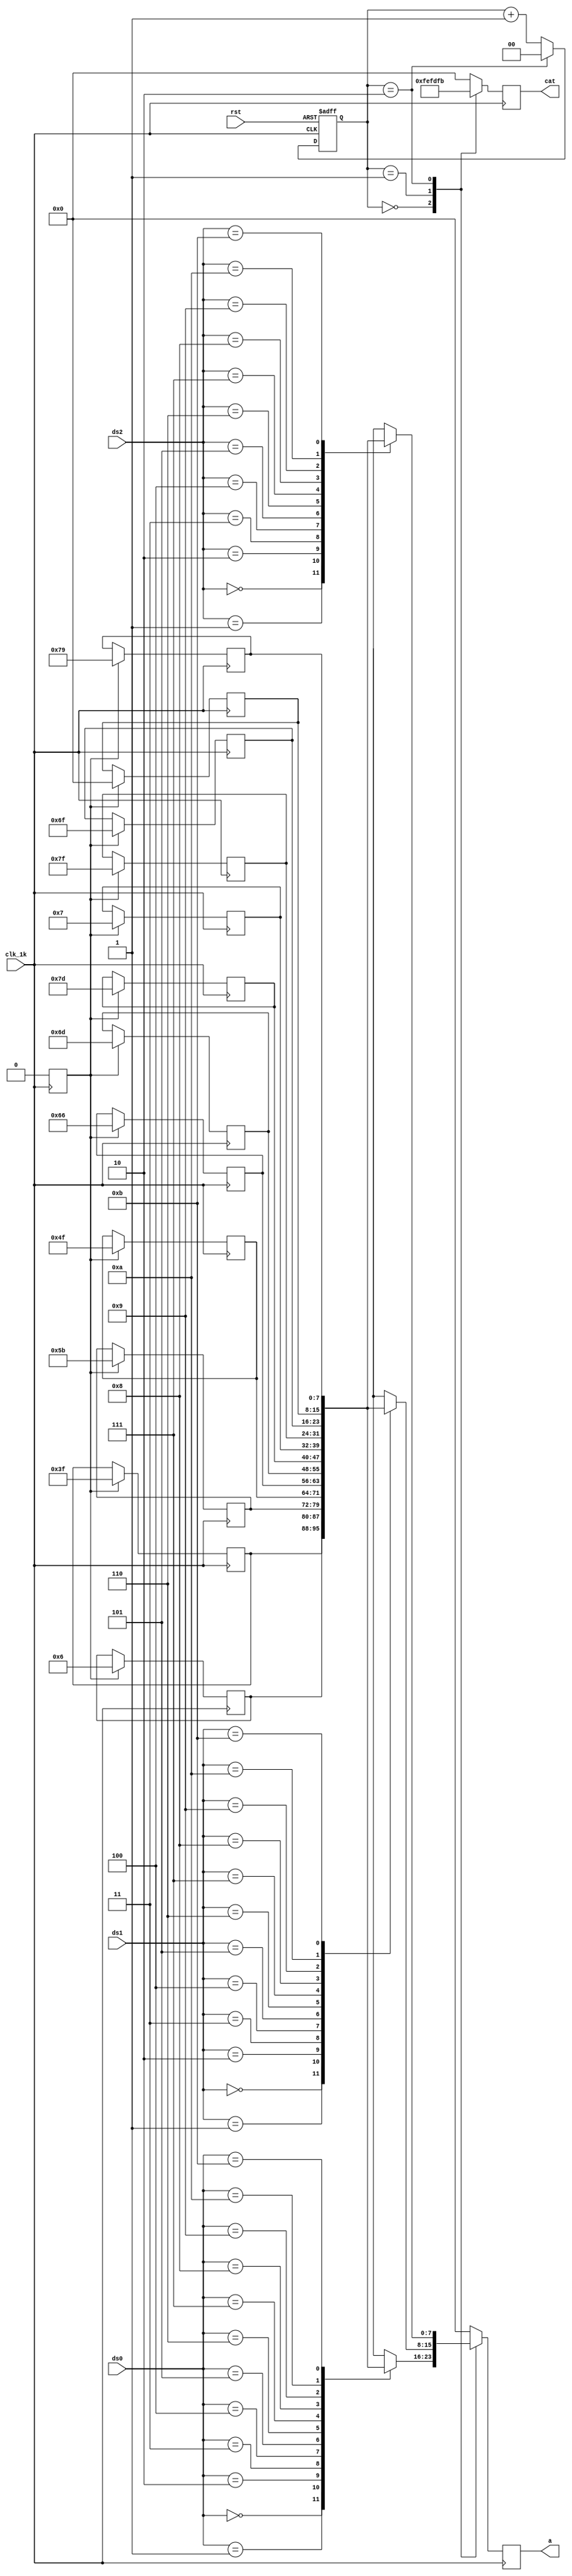
//
module DISP(
								input clk_1k, 									//
								input rst,												//
								input [3:0] ds2,ds1,ds0,//210
								
								output reg [7:0] a=0,					//A~G
								output reg [7:0] cat=0				//3
								);
	
	reg [7:0] seg [11:0];		//
	reg [1:0] cnt_cat = 0; 	//
	reg seg_write=1;			//segseg
	
	localparam   NUM0=4'h0,
								NUM1=4'h1,
								NUM2=4'h2,
								NUM3=4'h3,
								NUM4=4'h4,
								NUM5=4'h5,
								NUM6=4'h6,
								NUM7=4'h7,
								NUM8=4'h8,
								NUM9=4'h9,
								NONE=4'hA,
								ERROR=4'hB;
	
	//seg
	always@(posedge clk_1k) begin
		if(seg_write) begin	
			seg[NUM0] <= 8'b00111111;	//0
			seg[NUM1] <= 8'b00000110;	//1
			seg[NUM2] <= 8'b01011011;	//2
			seg[NUM3] <= 8'b01001111;	//3			 
			seg[NUM4] <= 8'b01100110;	//4
			seg[NUM5] <= 8'b01101101;	//5
			seg[NUM6] <= 8'b01111101;	//6
			seg[NUM7] <= 8'b00000111;	//7
			seg[NUM8] <= 8'b01111111;	//8
			seg[NUM9] <= 8'b01101111;	//9
			seg[NONE]  <= 8'b00000000;	//
			seg[ERROR] <= 8'b01111001;	//E
			seg_write<=0;								//seg
		end
	end
	
	//
   always @(posedge clk_1k or negedge rst)
		 begin
			if(!rst)													//
				 cnt_cat <= 2'b11;
			else if(cnt_cat ==2'b10)			//30
				 cnt_cat <= 2'b00;
			else														//
				 cnt_cat <= cnt_cat + 1'b1;
		 end  
		 
		 // 
	   always @(posedge clk_1k) 
		begin
			case(cnt_cat)
				 2'b00:begin cat <= 8'b11111110; a <=  seg[ds0]; end//0
				 2'b01:begin cat <= 8'b11111101; a <=  seg[ds1]; end//1
				 2'b10:begin cat <= 8'b11111011; a <=  seg[ds2]; end//2
				 default:begin cat<=0;a<=0; end
			endcase
		end
		
endmodule